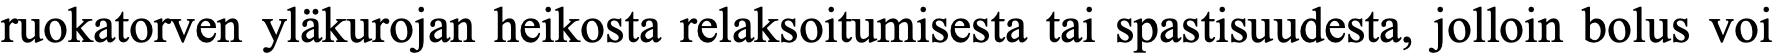
ruokatorven yläkurojan heikosta relaksoitumisesta tai spastisuudesta, jolloin bolus voi